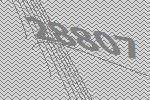
28807